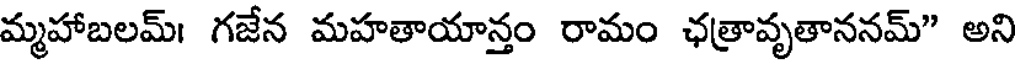
మ్మహాబలమ్। గజేన మహతాయాన్తం రామం ఛత్రావృతాననమ్" అని